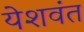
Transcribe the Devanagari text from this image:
येशवंत